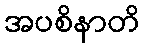
အပစိနာတိ